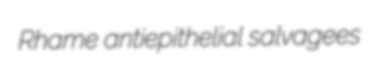
Rhame antiepithelial salvagees